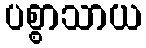
ပစ္စာသာယ